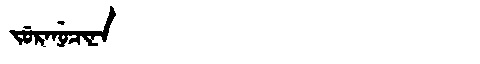
Manchu: ᠵᡠᡵᠠᠨᡠᠴᡳᠨᠠ
Romanization: JURANUCINA